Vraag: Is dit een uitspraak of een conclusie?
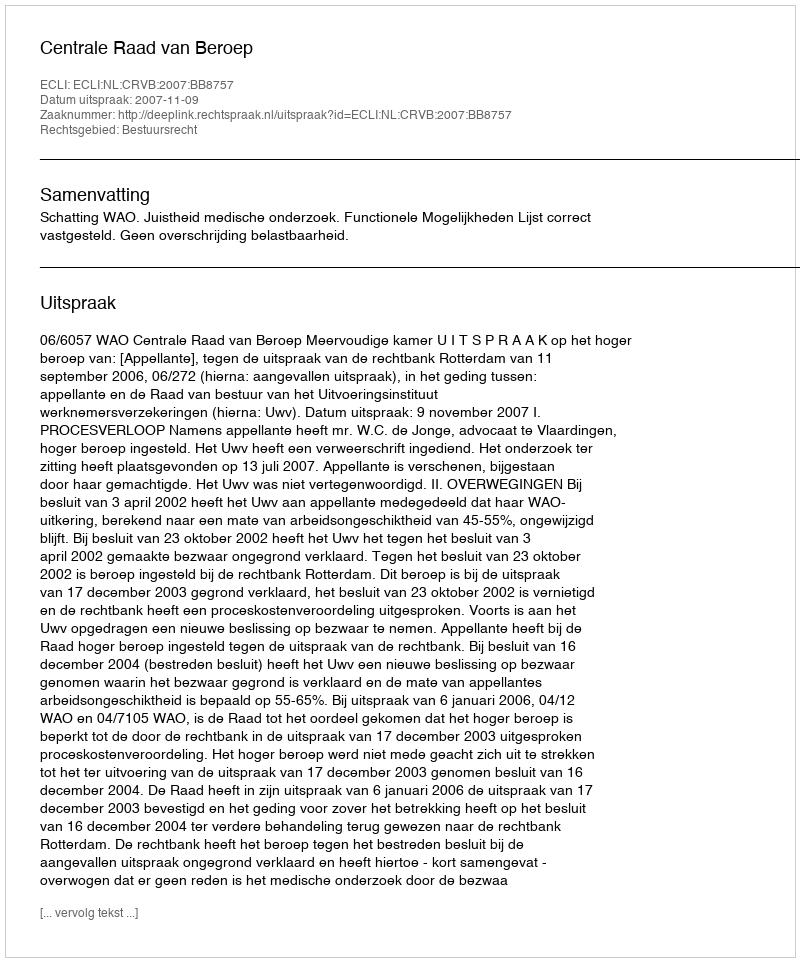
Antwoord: Uitspraak